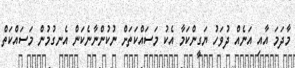
މާދަމަ އާއި އަނެއް ދުވަހު ޔަގީންކަމާ އެކު މަސައްކަތަށް ނުކުންނާނެކަން އެނގުމުން މަސައްކަތް